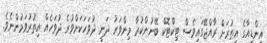
އިންޑިއާގެ އިތުރަށް ރާއްޖޭގައިވެސް ޓިކްޓޮކް ބޭނުންކުރާ މިންވަރު ދަނީ ދުވަހަކަށްވުރެ ދުވަހެއް އިތުރުވަމުންނެވެ.